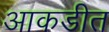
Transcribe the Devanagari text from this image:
आकडीत